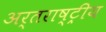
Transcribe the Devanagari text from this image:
अर्तराष्ट्रीय